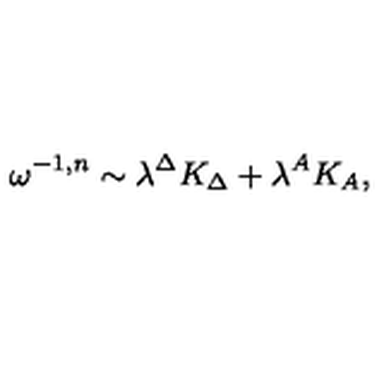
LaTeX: \omega ^ { - 1 , n } \sim \lambda ^ { \Delta } K _ { \Delta } + \lambda ^ { A } K _ { A } ,